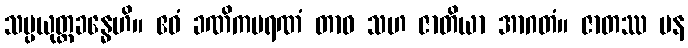
သမ္ပယုတ္တခန္ဓေဟိ။ ဧဝံ ခဏိကမရဏံ တာဝ သဟ ဇာတိယာ အာဂတံ။ ဇာတဿ ပန